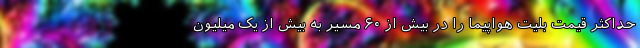
حداکثر قیمت بلیت هواپیما را در بیش از ۶۰ مسیر به بیش از یک میلیون